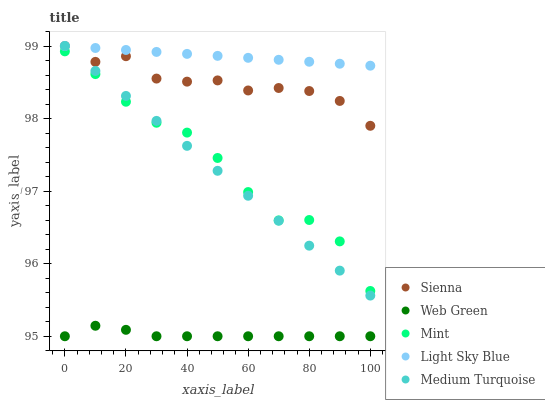
| xaxis_label | Sienna | Web Green | Mint | Light Sky Blue | Medium Turquoise |
 | --- | --- | --- | --- | --- | --- |
 | 0 | 99 | 95 | 98.9 | 99 | 99 |
 | 10 | 98.8 | 95.1 | 98.6 | 99 | 98.7 |
 | 20 | 98.9 | 95.1 | 98.2 | 98.9 | 98.3 |
 | 30 | 98.6 | 95 | 97.9 | 98.9 | 98 |
 | 40 | 98.5 | 95 | 97.8 | 98.9 | 97.6 |
 | 50 | 98.5 | 95 | 97.5 | 98.9 | 97.3 |
 | 60 | 98.4 | 95 | 97 | 98.8 | 96.9 |
 | 70 | 98.4 | 95 | 96.6 | 98.8 | 96.6 |
 | 80 | 98.4 | 95 | 96.6 | 98.8 | 96.2 |
 | 90 | 98.2 | 95 | 96.3 | 98.8 | 95.9 |
 | 100 | 97.9 | 95 | 95.6 | 98.7 | 95.6 |